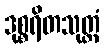
ဒုစ္စရိတသုတ္တံ